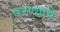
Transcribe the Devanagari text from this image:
ठरण्याचे